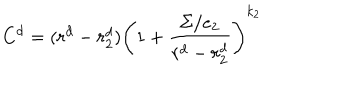
C ^ { d } = ( r ^ { d } - r _ { 2 } ^ { d } ) \left( 1 + { \frac { \Sigma / e _ { 2 } } { r ^ { d } - r _ { 2 } ^ { d } } } \right) ^ { k _ { 2 } }